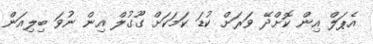
އެޕަލް އިން ކޮށްދޭ ވަރަށް ކުޑަ ކަމަކަށް ގޫގުލް އިން ނުވަ ބިލިއަން